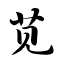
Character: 苋